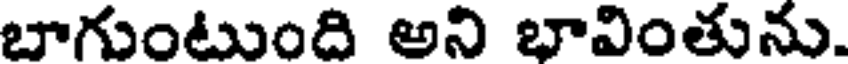
బాగుంటుంది అని భావింతును.